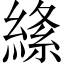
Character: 𦃡